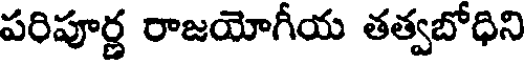
పరిపూర్ణ రాజయోగీయ తత్వబోధిని